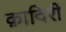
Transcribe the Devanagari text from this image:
क़ादिरी